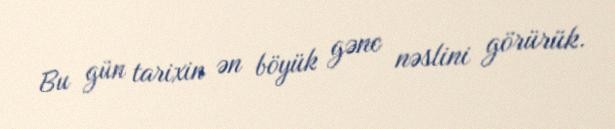
Bu gün tarixin ən böyük gənc nəslini görürük.